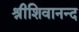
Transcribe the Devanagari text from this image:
श्रीशिवानन्द